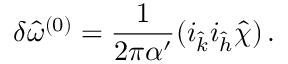
\delta { \hat { \omega } } ^ { ( 0 ) } = \frac { 1 } { 2 \pi \alpha ^ { \prime } } ( i _ { \hat { k } } i _ { \hat { h } } { \hat { \chi } } ) \, .